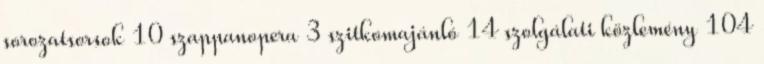
sorozatsorsok 10 szappanopera 3 szitkomajánló 14 szolgálati közlemény 104